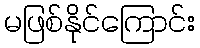
မဖြစ်နိုင်ကြောင်း